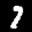
Label: 7